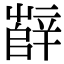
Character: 辥